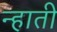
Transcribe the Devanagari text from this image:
न्हाती